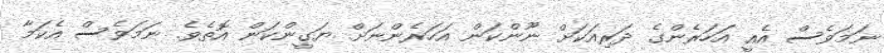
ނަމަވެސް އެއީ އަހަރެންގެ ދަރިއަކަށް ނޫންކަން އަހަރެންނަށް ޔަގީންކަން އޮތެވެ. ނަމަވެސް އެކަމާ